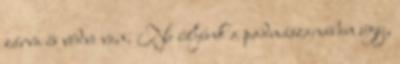
zárva és védve van. Ne üljünk a padmászanában úgy,